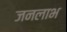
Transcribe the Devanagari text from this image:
जनलाभ